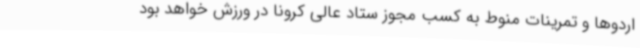
اردوها و تمرینات منوط به کسب مجوز ستاد عالی کرونا در ورزش خواهد بود